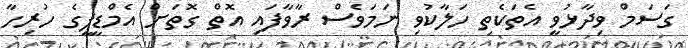
ގަސަމް ވިދާޅުވީ އެތަކެތި ހަލާކުވި ނަމަވެސް ރާވާފައި އޮތް ގޮތަށް އެމްޑީޕީގެ ހުރިހާ